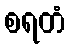
စရတံ